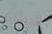
شيئان